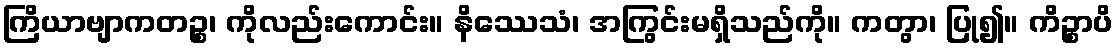
ကြိယာဗျာကတဉ္စ၊ ကိုလည်းကောင်း။ နိဿေသံ၊ အကြွင်းမရှိသည်ကို။ ကတွာ၊ ပြု၍။ ကိဉ္စာပိ